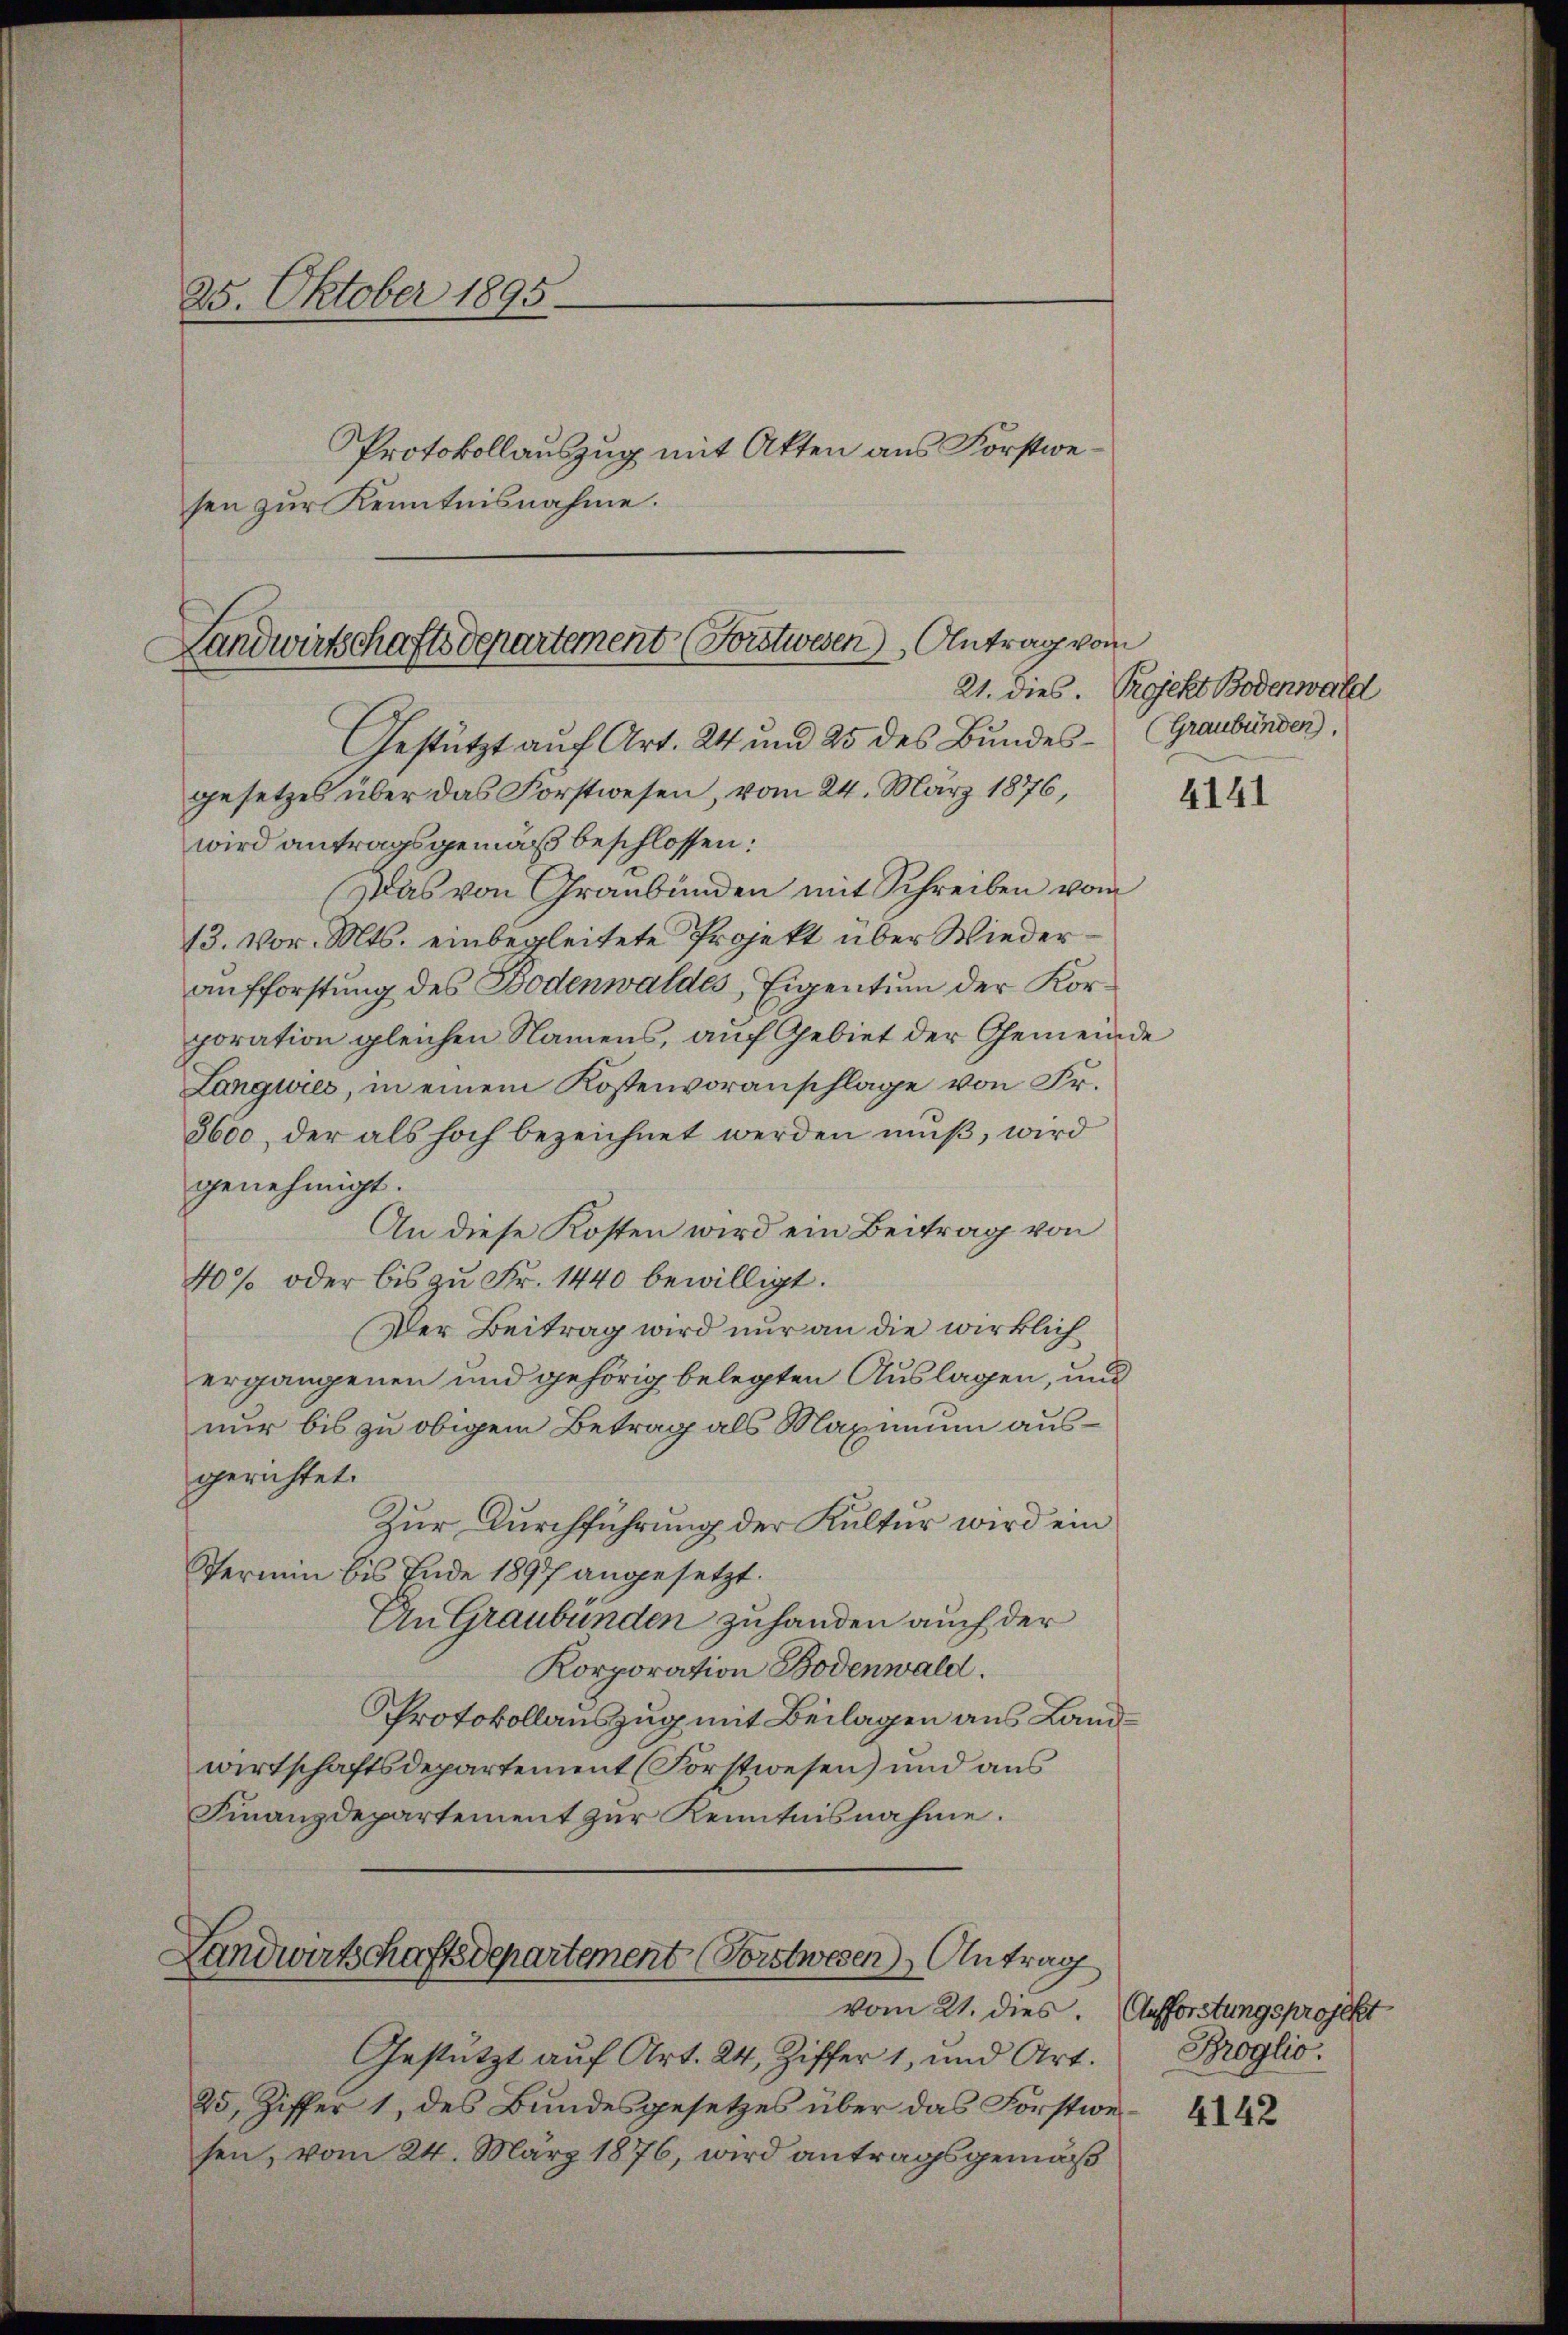
25. Oktober 1895
Protokollauszug mit Akten aus Forstwesen zur Kenntnisnahme.

Landwirtschaftsdepartement (Bistwesen Antrag vom
Gestützt auf Art. 24 und 25 des Bundesgesetzes über das Forstwesen, vom 24. März 1876, 2
wird antragsgemäß beschlossen:

Das von Graubünden mit Schreiben vom
13. vor. Mts. einbegleitete Projekt über Wiederaufforstung des Bodenwaldes, Eigentum der Korporation gleichen Namens, auf Gebiet der Gemeinde
Langwies, in einem Kostenvoranschlage von Fr.
3600, der als hoch bezeichnet werden muß, wird
genehmigt.
An diese Kosten wird ein Beitrag von
40% oder bis zu Fr. 1440 bewilligt.
Der Beitrag wird nur an die wirklich
ergangenen und gehörig belegten Auslagen, und
nur bis zu obigem Betrag als Maximum ausgerichtet.
Zur Durchführung der Kultur wird ein
Vermin bis Ende 1897 angesetzt.
An Graubünden zuhanden auch der
Korporation Bodenwald.
Protokollauszug mit Beilagen aus Landwirtschaftsdepartement (Forstwesen) und aus
Finanzdepartement zur Kenntnisnahme.

Landwirtschaftsdepartement (Vorstwesen Antrag

Gestützt auf Art. 24, Ziffer 1, und Art.
25, Ziffer 1, des Bundesgesetzes über das Forstwesen, vom 24. März 1876, wird antragsgemäß

21. dies. Projekt Bodenwald
(Graubünden).

vom 21. dies. Aufforstungsprojekt
Broglio.

4142